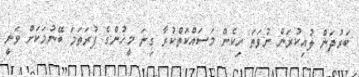
ބަރުދަން ލުއިކުރަން ނުވަތަ ހިކެން މަސައްކަތްކުރާ ގިނަ މީހުންގެ ފުރަތަމަ ބޭނުމަކަށް ވަނީ